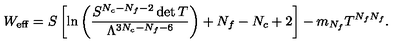
W _ { \mathrm { e f f } } = S \left[ \ln \left( \frac { S ^ { N _ { c } - N _ { f } - 2 } \det T } { \Lambda ^ { 3 N _ { c } - N _ { f } - 6 } } \right) + N _ { f } - N _ { c } + 2 \right] - m _ { N _ { f } } T ^ { N _ { f } N _ { f } } .